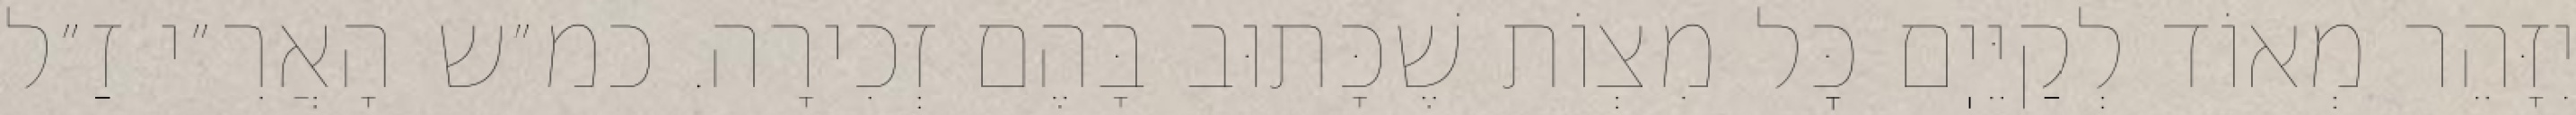
יִזָּהֵר מְאוֹד לְקַיֵּיֽם כׇּל מִצְוֹת שֶׁכָּתוּב בָּהֶם זְכִירָה. כמ״ש הָאֲרִ״י זַ״ל